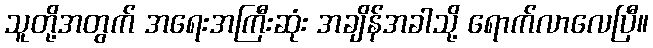
သူတို့အတွက် အရေးအကြီးဆုံး အချိန်အခါသို့ ရောက်လာလေပြီ။